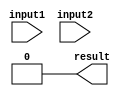
module parallel_comparator (
    input [7:0] input1,
    input [7:0] input2,
    output reg result
);

reg [3:0] stage1_out;
reg [3:0] stage2_out;
reg [1:0] stage3_out;

assign stage1_out = input1[3:0] > input2[3:0];
assign stage2_out = input1[7:4] > input2[7:4];
assign stage3_out = stage1_out & stage2_out;

always @(*) begin
    result = stage3_out[1] & stage3_out[0];
end

endmodule